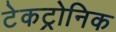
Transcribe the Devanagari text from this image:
टेकट्रोनिक